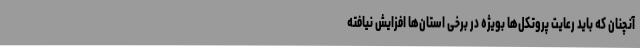
آنچنان که باید رعایت پروتکل‌ها بویژه در برخی استان‌ها افزایش نیافته